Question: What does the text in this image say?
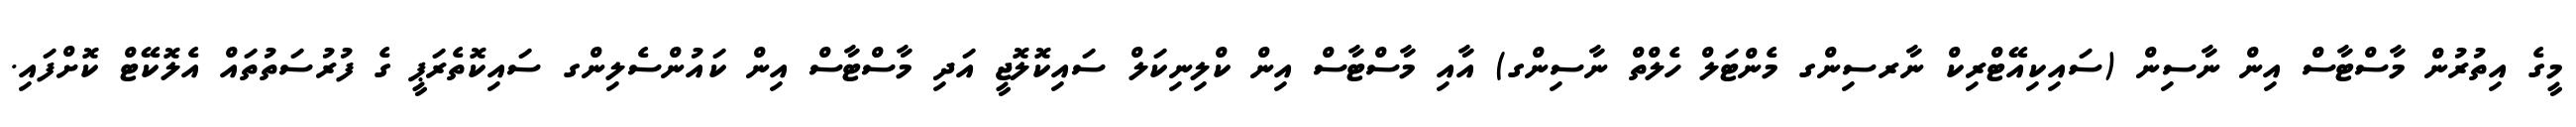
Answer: މީގެ އިތުރުން މާސްޓާސް އިން ނާސިން (ސައިކިއޭޓްރިކް ނާރސިންގ މެންޓަލް ހެލްތް ނާސިންގ) އާއި މާސްޓާސް އިން ކްލިނިކަލް ސައިކޮލޮޖީ އަދި މާސްޓާސް އިން ކައުންސެލިންގ ސައިކޮތެރަޕީ ގެ ފުރުސަތުތައް އެލޮކޭޓް ކޮށްފައި.